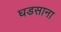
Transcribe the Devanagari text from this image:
घडसाना